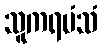
သူကရမံသံ